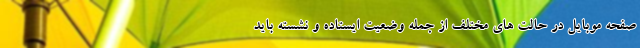
صفحه موبایل در حالت های مختلف از جمله وضعیت ایستاده و نشسته باید